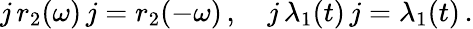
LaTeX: j\, r_{2}(\omega)\, j=r_{2}(-\omega)\, ,\quad j\, \lambda_{1}(t)\, j=\lambda_{1}(t)\, .